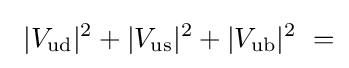
~|V_{\text{ud}}|^{2}+|V_{\text{us}}|^{2}+|V_{\text{ub}}|^{2}~=